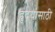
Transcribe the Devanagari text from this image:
हृदयासाठी